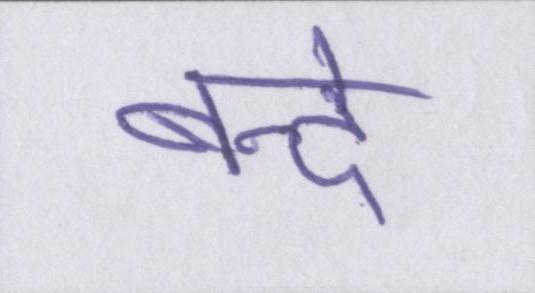
बन्दे